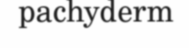
pachyderm